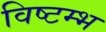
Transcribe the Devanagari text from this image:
विष्टम्भ